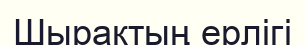
Шырақтың ерлігі